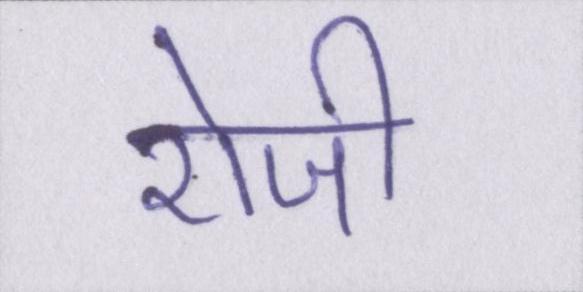
रोजी